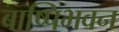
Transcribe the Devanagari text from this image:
बाष्पिभवन